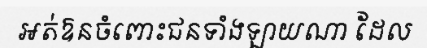
អត់ឱនចំពោះជនទាំងឡាយណា ដែល